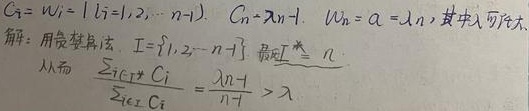
解：用贪婪算法，\(I = \{1,2,\cdots,n - 1\}\)，最优\(I^* = \{n\}\)。\(C_i = w_i = 1(i = 1,2,\cdots,n - 1)\)，\(C_n=\lambda n - 1\)，\(w_n = \lambda n\)，其中\(\lambda\)可任大。从而\(\frac{\sum_{i\in I^*} C_i}{\sum_{i\in I} C_i}=\frac{\lambda n - 1}{n - 1}>\lambda\)